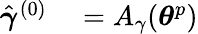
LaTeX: \begin{array}{rl}{\hat{\boldsymbol{\gamma}}^{(0)}}&{{}=A_{\gamma}(\boldsymbol{\theta}^{p})}\end{array}